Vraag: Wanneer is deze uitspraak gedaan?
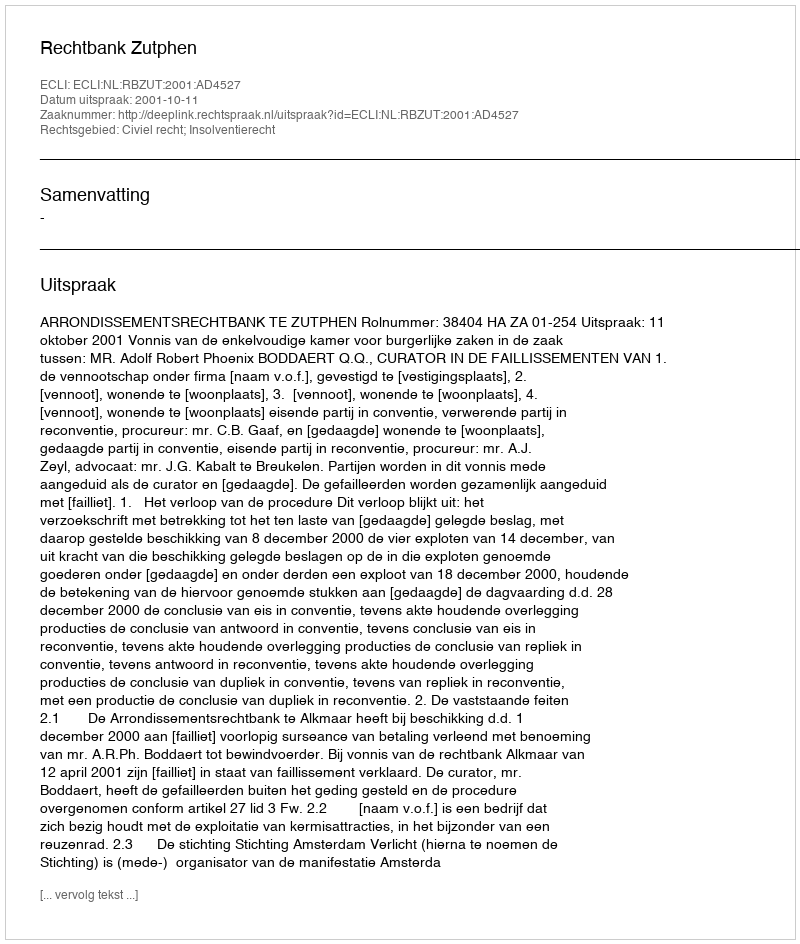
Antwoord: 2001-10-11